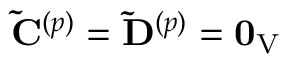
\mathbf { \tilde { C } } ^ { ( p ) } = \mathbf { \tilde { D } } ^ { ( p ) } = \mathbf { 0 } _ { \mathrm { V } }